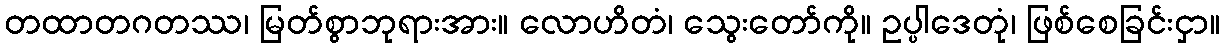
တထာတဂတဿ၊ မြတ်စွာဘုရားအား။ လောဟိတံ၊ သွေးတော်ကို။ ဥပ္ပါဒေတုံ၊ ဖြစ်စေခြင်းငှာ။